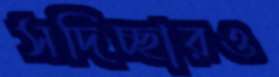
সদিচ্ছারও